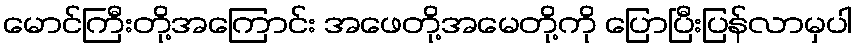
မောင်ကြီးတို့အကြောင်း အဖေတို့အမေတို့ကို ပြောပြီးပြန်လာမှပါ